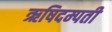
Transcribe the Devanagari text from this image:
ऋषिदम्पती